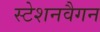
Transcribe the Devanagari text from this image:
स्टेशनवैगन